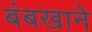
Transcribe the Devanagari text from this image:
बंबखाने